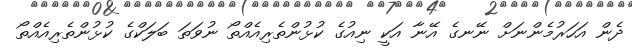
ދެން އަހަރުމެންނަށް ނޭނގެ އޭނާ އަކީ ނިއުގެ ކުޅުންތެރިއެއްތޯ ނުވަތަ ބަލަކްގެ ކުޅުންތެރިއެއްތޯ